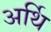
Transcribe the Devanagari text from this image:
अर्थि